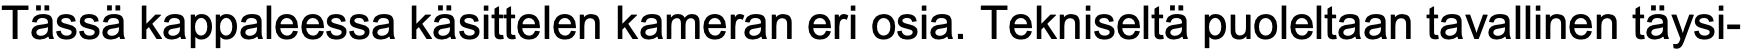
Tässä kappaleessa käsittelen kameran eri osia. Tekniseltä puoleltaan tavallinen täysi-